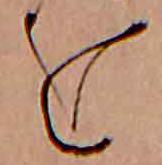
を